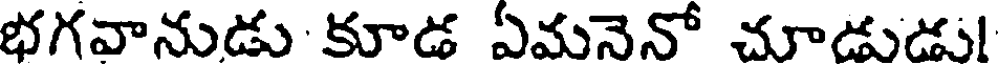
భగవానుడు కూడ ఏమనెనో చూడుడు!